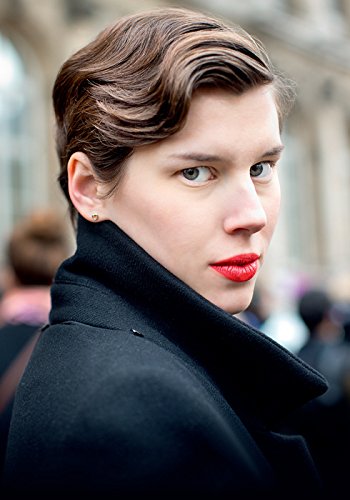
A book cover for The Sartorialist: X: (Limited Edition); Scott Schuman; Arts & Photography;